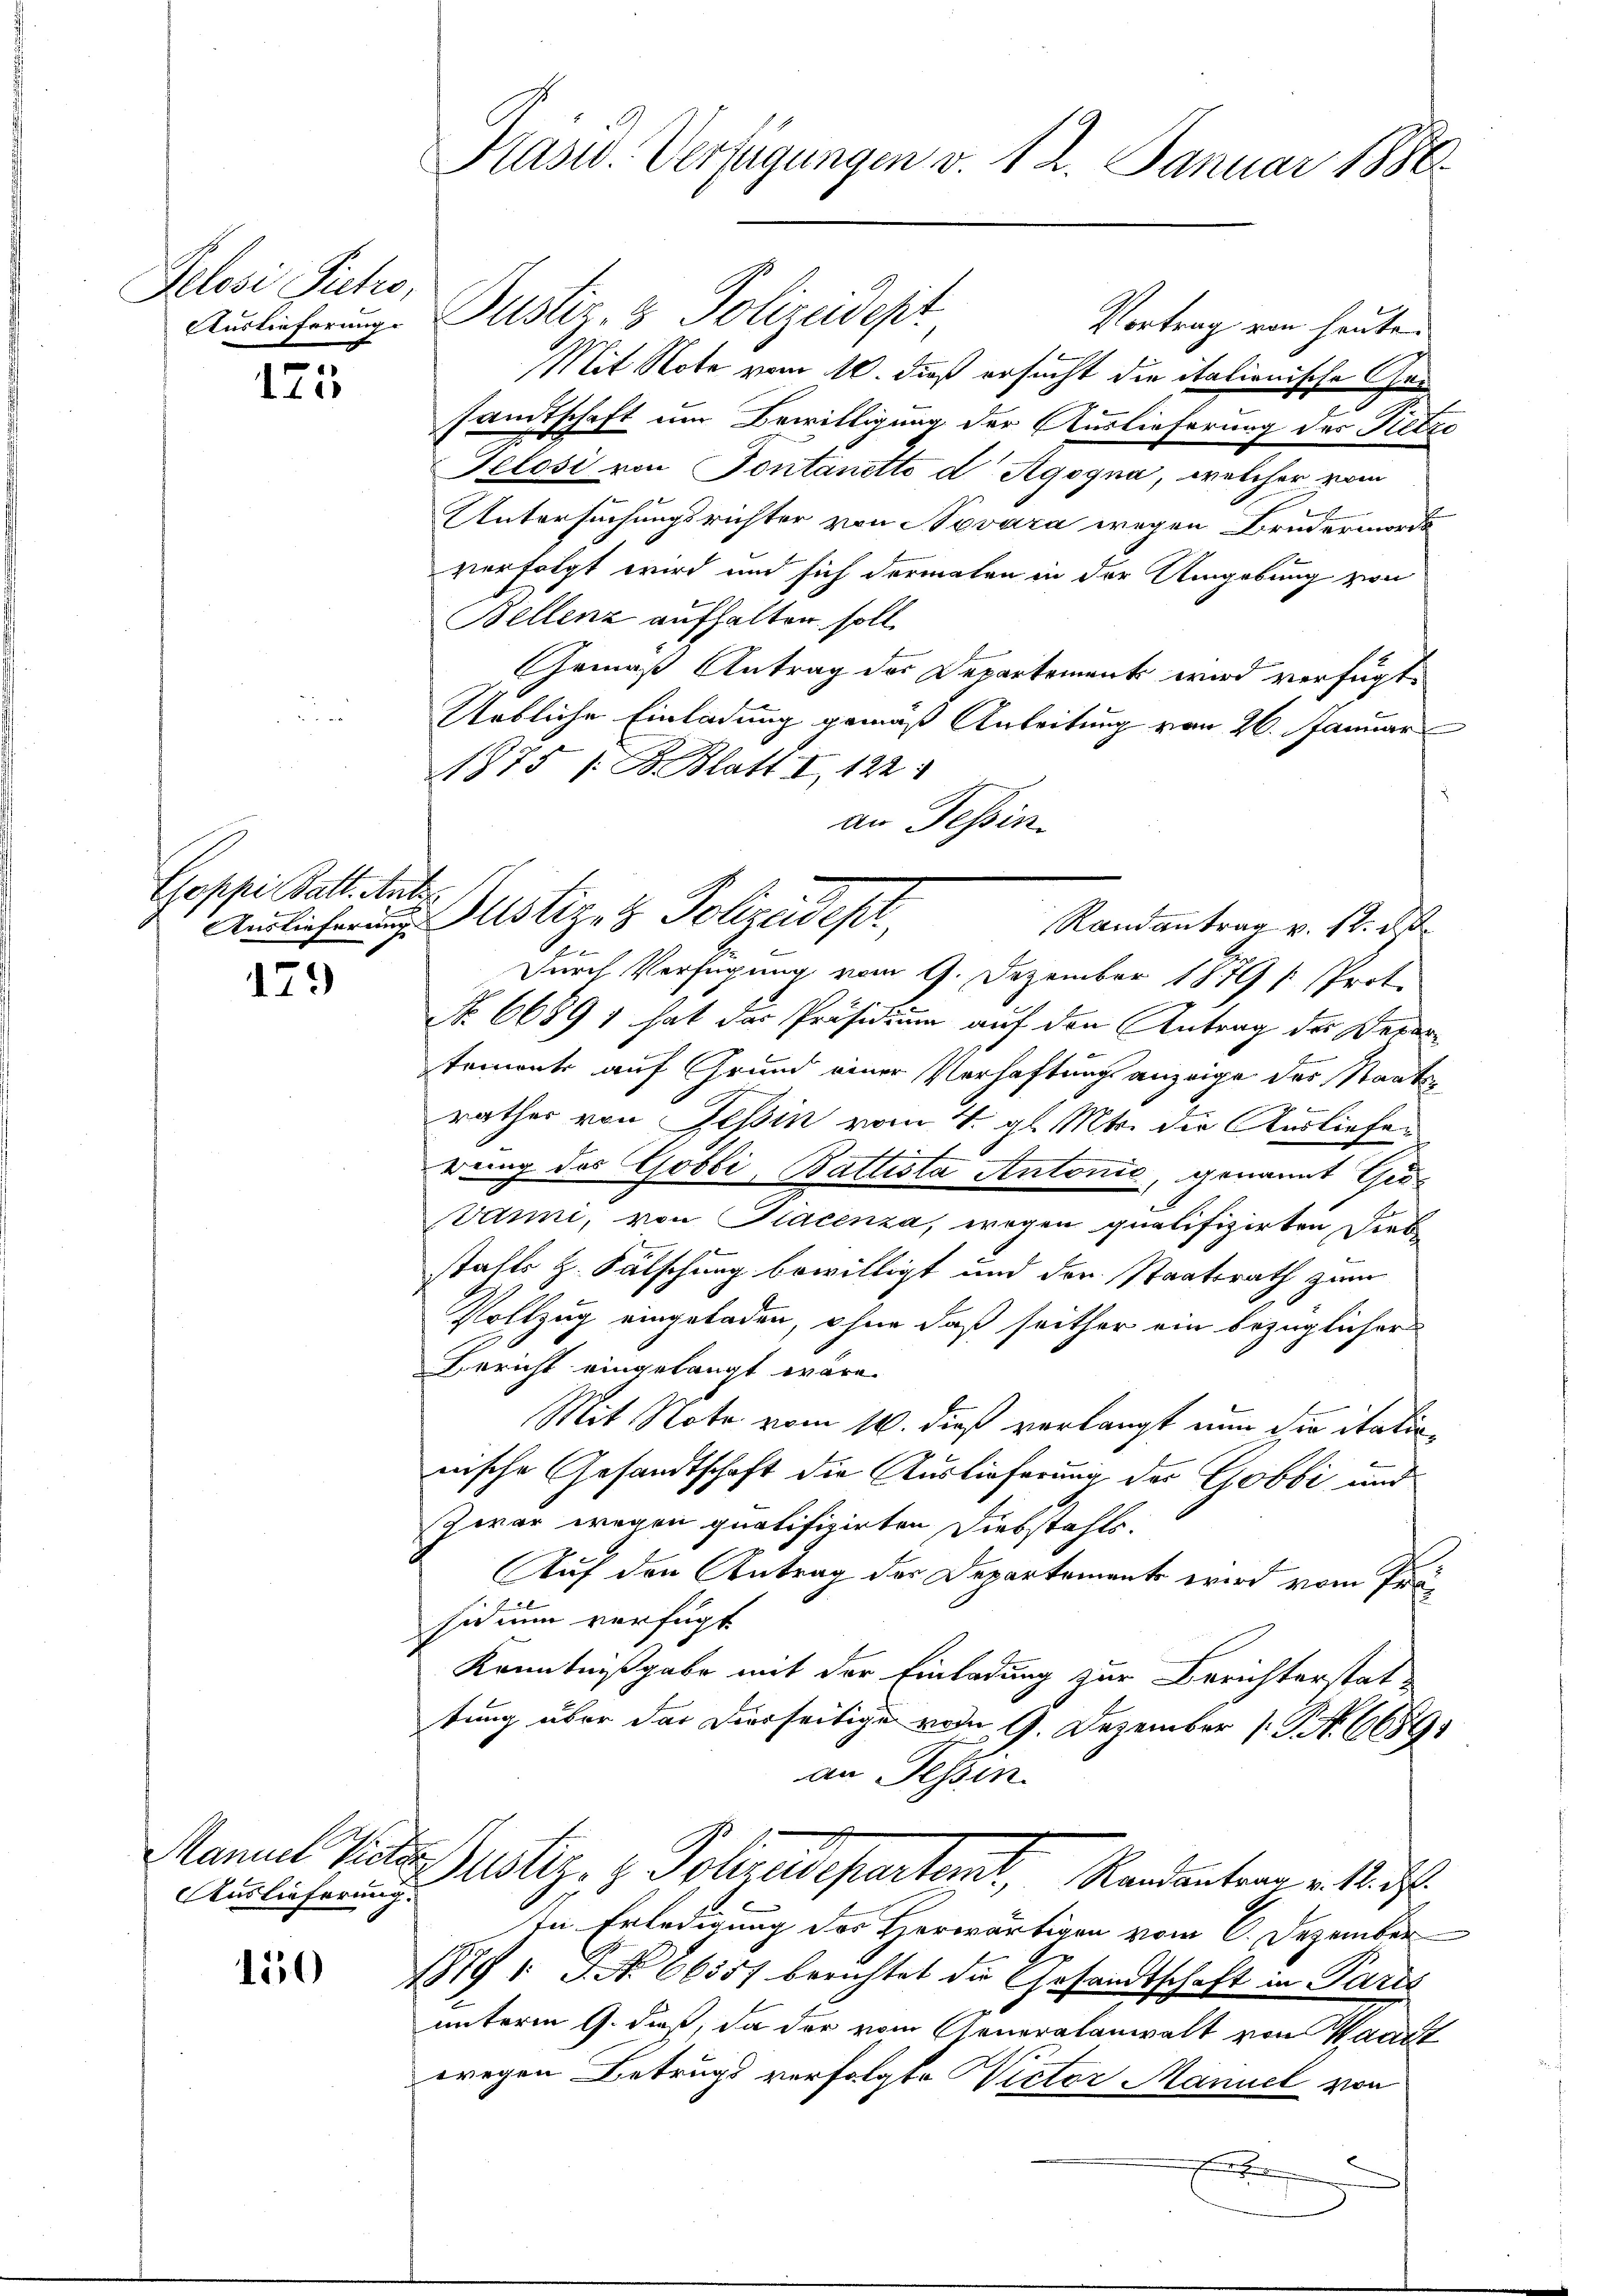
Pelose Siches,

173

Goppi Batt. Anto

179

Auslieferung.

150

Präsid. Verfügungen v. 12. Januar 1886

Mit Note vom 10. dieß ersucht die italionische Gesamtschaft um Bewilligung der Auslieferung des Nietze
Telosi von Fontanetto d Agogna, welcher vom
Untersuchungsrichter von Novara wegen Brudermorde
verfolgt wird und sich dermalen in der Umgebung von
Bellenz aufhalten soll.
Gemäß Antrag der Departement wird verfügt
Uebliche Einladung gemäß Anleitung vom 26. Januar
1875 / B. Blatt I 122.
an Tessin.
Durch Verfügung vom 9. Dezember 1879 / Prot.
No 66891 hat des Präsidium auf den Antrag der Verartement auf Grund einer Verhaftungsanzeige des Staatsb
rathes von Tessin vom 4. gl. Mts. die Ausliefen
f
rung des Gobbi, Ballista Antonio, genannt Gro¬
Vanni, von Placenza, wegen qualifizirten Derb
stahls z. Fälschung bewilligt und der Staatsrath zum
Vollzug eingeladen, ohne daß seither ein bezüglicher
Bericht eingelangt wäre.
Mit Note vom 14. dieß verlangt nun die itationische Gesandtschaft die Auslieferung der Gobbi und
Zwar wegen qualifizirten Diebstahls
Auf den Antrag der Departements wird vom Präsich nun verfügt
Kenntnißgabe mit der Einladung zur Berichterstat
tung über der Dierseitigen vom 9. Dezember 1. No. 66891
an Tessin
Manuel Tieder Justiz- & Polizeidepartent, Mandantern v. M. d
In Erledigung des Horwärtigen vom 6. Dezember
1879 No 66557 berichtet die Gesandtschaft in Parts
e
unterm 9. dieß, da der vom Generalanwalt von Waadt
wregen Betrugs verfolgte Victor Manuel von

Auslieferung. Justiz- & Polizeidest

Auslieferung Justiz- & Polizeidest
Randantrag v. 12. ds.

Vortrag von heuten